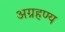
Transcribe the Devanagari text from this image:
अग्रहण्य